Voisiku_vallavalitsus, lk 13
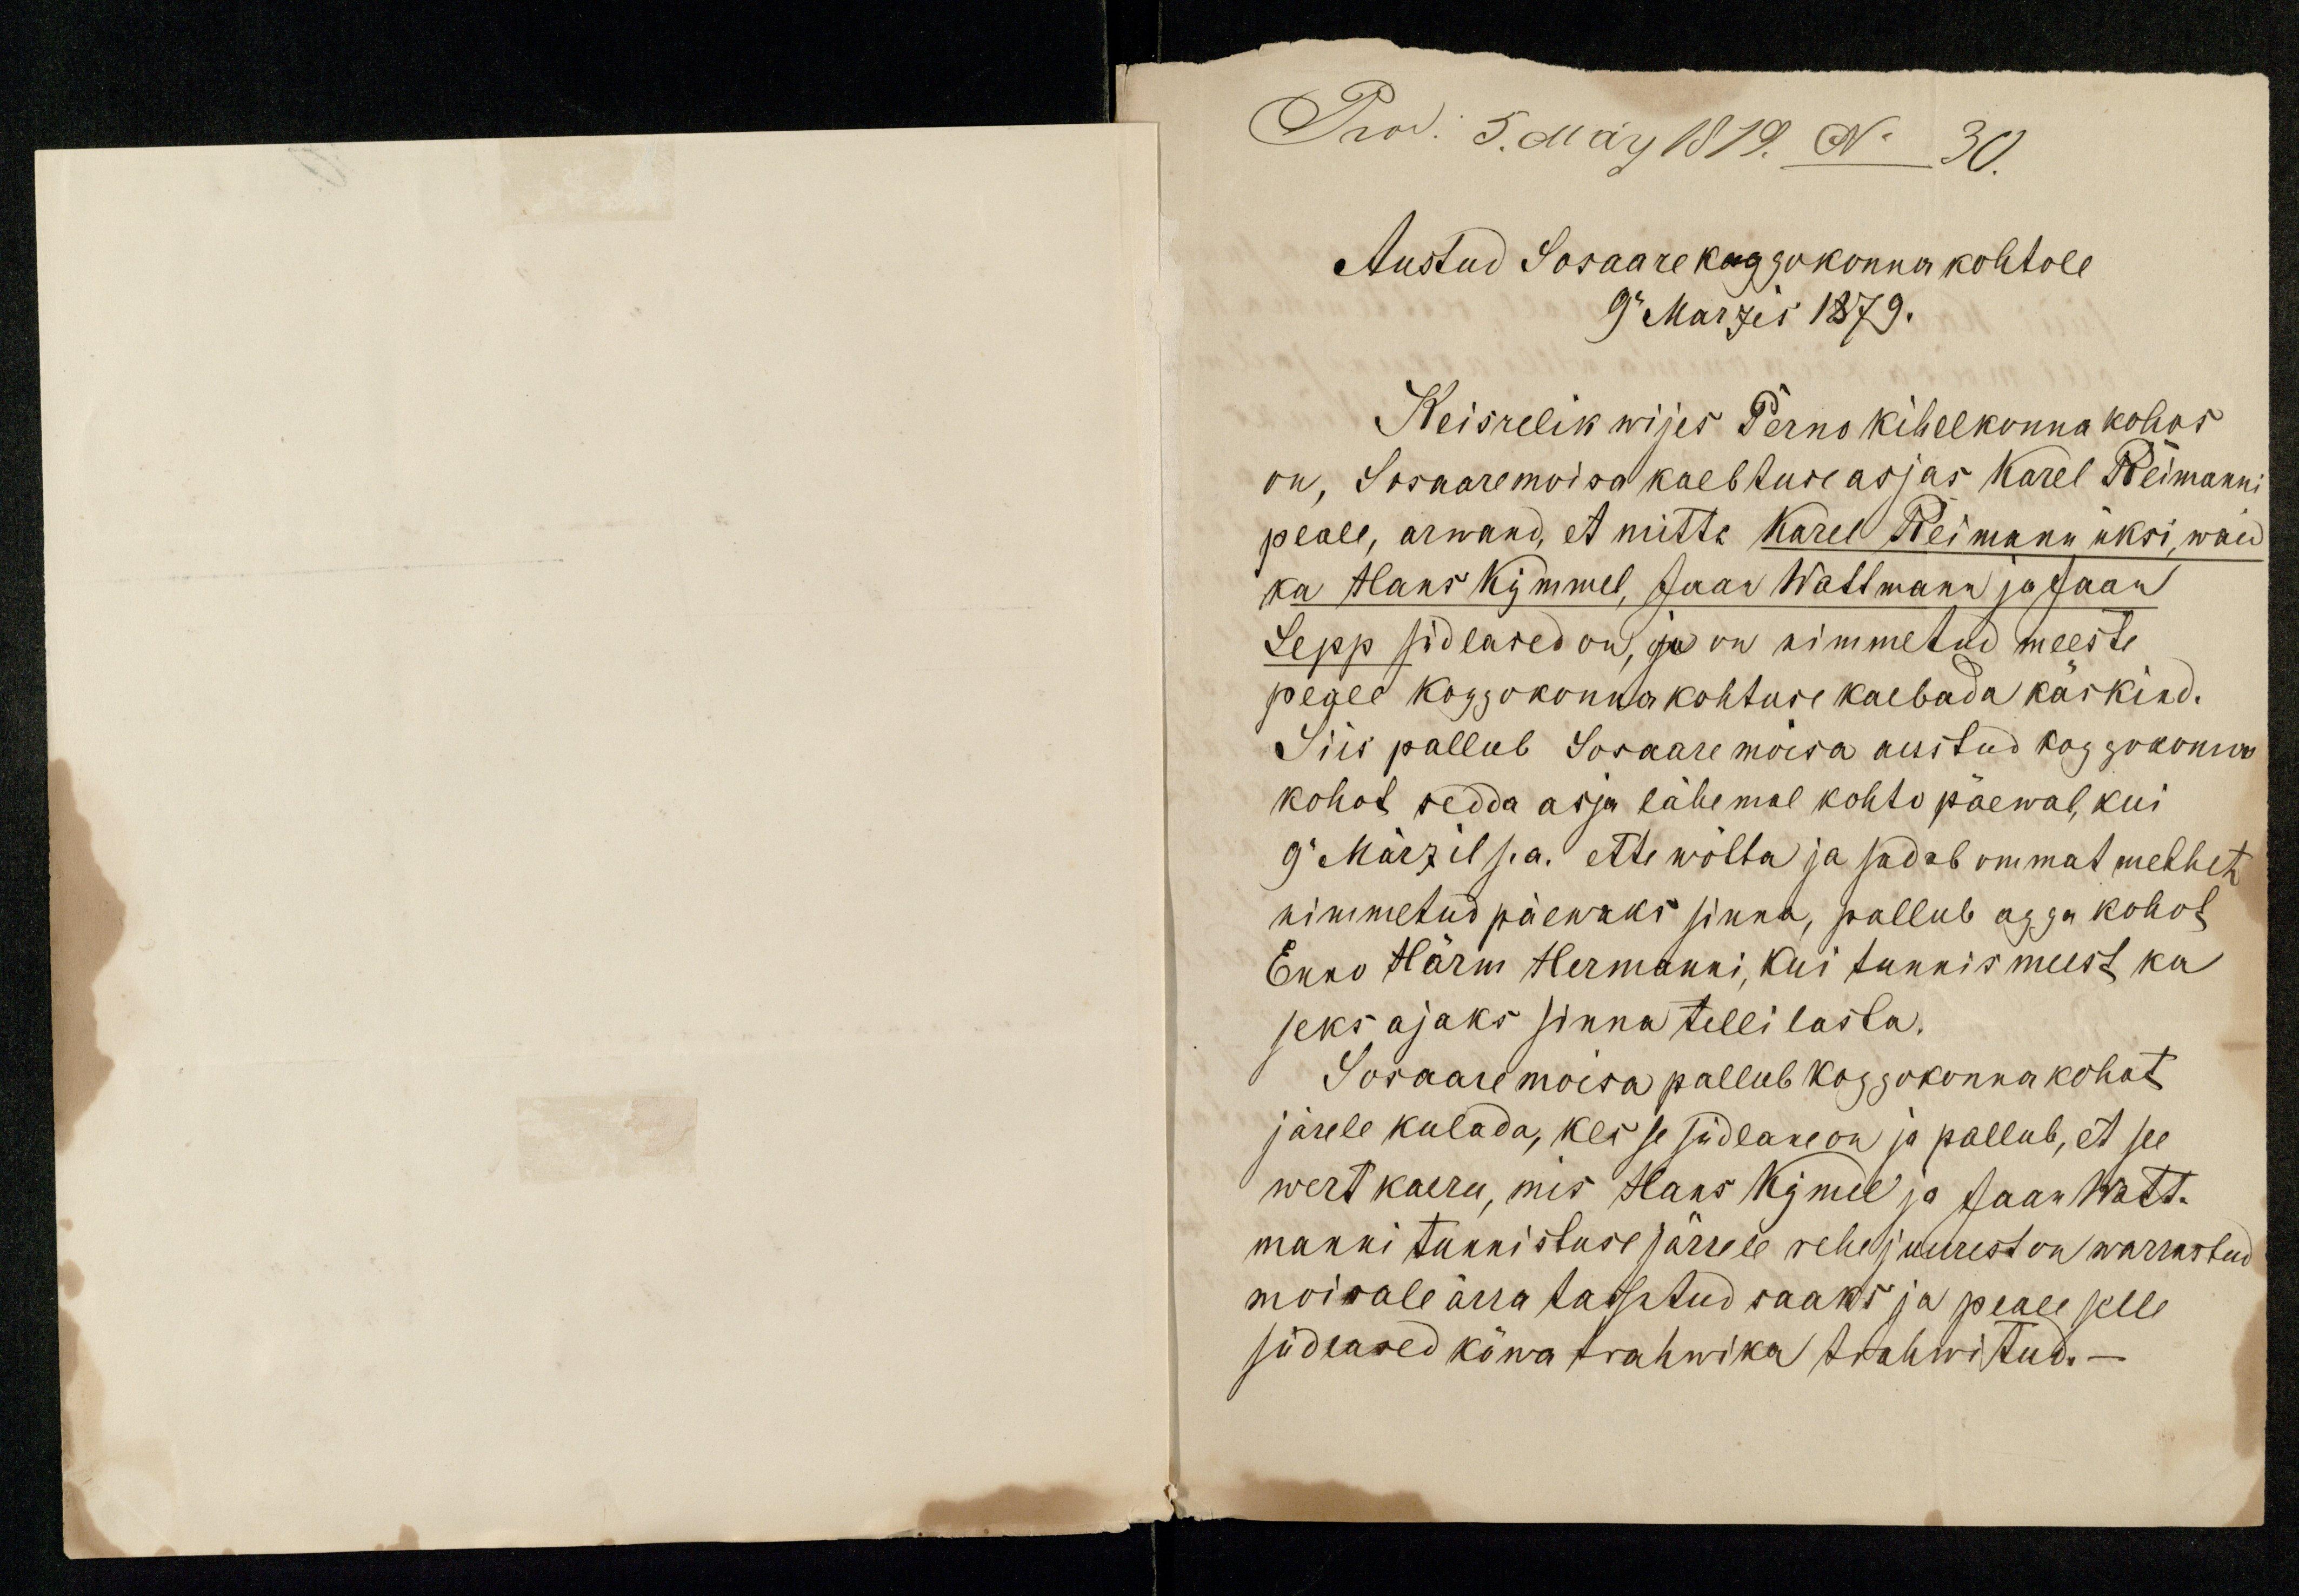
Prod. 5. May 1879. No 30.
Austud Sosaare koggokonna kohtole
9. Marzis 1879.
Keisrelik wijes Perno kihelkonna kohos
on, Sosaaremoisa kaebtuse asjas Karel Reimanni
peale, arwand, et mitte Karel Reimann üksi, waid
ka Hans Kymmel, Jaan Wattmann ja Jaan
Lepp südlased on, ja on nimmetud meeste
peale koggokonna kohtuse kaebada käskind.
Siis pallub Sosaare möisa austud koggokonna
kohot sedda asja lähemal kohto päewal, kui
9 Märzil s.a. ette wõtta ja sadab ommat mehhet
nimmetud päewaks sinna, pallub agga kohot
Enno Härm Hermanni, kui tunnis meest ka
seks ajaks sinna telli lasta.
Sosaare moisa pallub koggokonna kohot
järele kulada, kes se südlane on ja pallub, et see
wert kaeru, mis Hans Kymel ja Jaan Watt-
manni tunnistuse järrele rehe juurest on warrastud
moisale ärra tassutud saaks ja peale selle
südlased köwa trahwika trahwitud.-